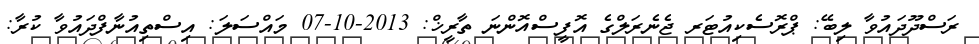
ރަސްދޫދައުވާ ލިބޭ: ޕްރޮސެކިއުޓަރ ޖެނެރަލްގެ އޮފީސްއޮންނަ ތާރީޚް: 2013-10-07 މައްސަލަ: އިސްތިއުނާފްދައުވާ ކުރާ: